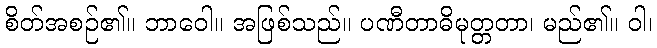
စိတ်အစဉ်၏။ ဘာဝေါ။ အဖြစ်သည်။ ပဏီတာဓိမုတ္တတာ၊ မည်၏။ ဝါ၊